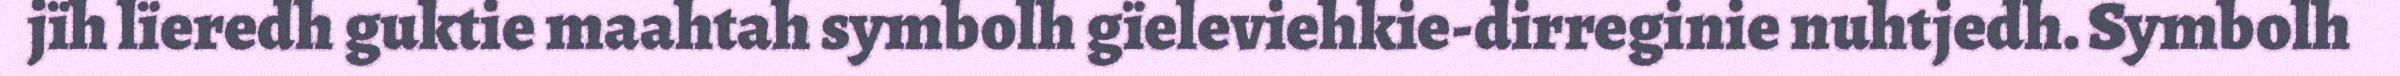
jïh lïeredh guktie maahtah symbolh gïeleviehkie-dirreginie nuhtjedh. Symbolh